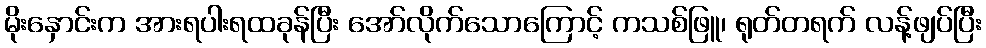
မိုးနှောင်းက အားရပါးရထခုန်ပြီး အော်လိုက်သောကြောင့် ကသစ်ဖြူ၊ ရုတ်တရက် လန့်ဖျပ်ပြီး